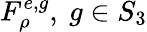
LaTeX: F_{\rho}^{e,g},\ g\in S_{3}